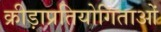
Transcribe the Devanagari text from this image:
क्रीड़ाप्रतियोगिताओं